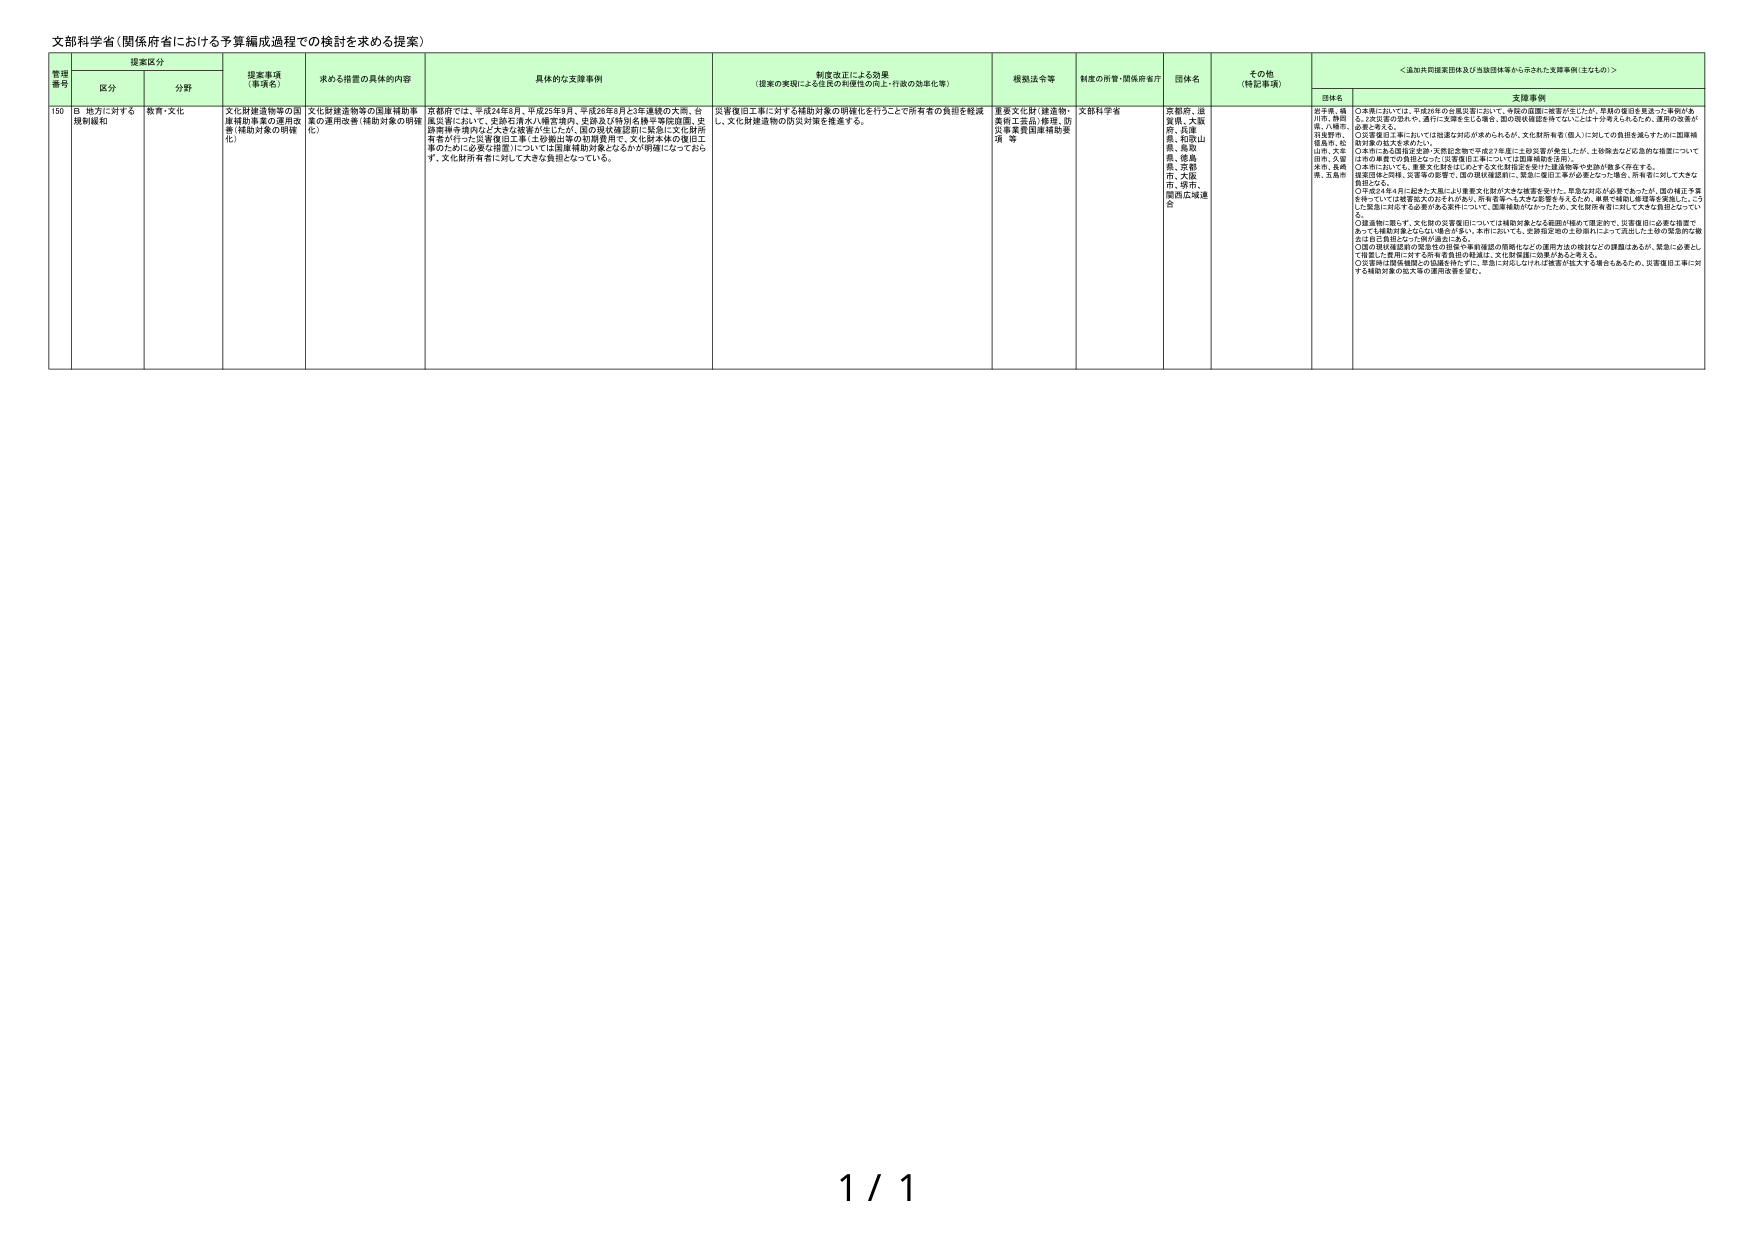
文部科学省（関係府省における予算編成過程での検討を求める提案）

提案区分
管理番号 区分 分野

提案事項（事項名） 求める措置の具体的内容 具体的な支援事例 制度改正による効果（提案の実現による住民の利便性の向上・行政の効率化等） 根拠法令等 制度の所管・関係府省庁 団体名 その他（特記事項） ＜追加共同提案団体及び当該団体等から示された支援事例（主なもの）＞

150 B 地方に対する規制緩和 教育・文化 文化財建造物等の国庫補助事業の運用改善（補助対象の明確化） 文化財建造物等の国庫補助事業の運用改善（補助対象の明確化） 文部科学省 京都府、滋賀県、大阪府、兵庫県、和歌山県、鳥取県、徳島県、宮崎県、大阪市、堺市、関西広域連合

京都府では、平成24年8月、平成26年9月、平成28年8月と3年連続の大雨、台風災害において、史跡石清水八幡宮境内、史跡及び特別名勝平等院庭園、史跡南禅寺境内など大きな被害が生じたが、国の現状確認前に緊急に文化財所有者が行った災害復旧工事（土砂撤出等の初期費用や、文化財本体の復旧工事のために必要な措置）については国庫補助対象となるかが明確になっておらず、文化財所有者に対して大きな負担となっている。

災害復旧工事に対する補助対象の明確化を行うことで所有者の負担を軽減し、文化財建造物の防災対策を推進する。

重要文化財（建造物、美術工芸品）修理、防災事業費国庫補助要項 等

支援事例
団体名
京都市、福井市、静岡県、八幡市、羽曳野市、福島市、松山市、大牟田市、大橋市、長崎市、玉島市

○本県においては、平成28年の台風災害において、今後の国庫一括費が生じたが、早期の復旧を推進した事例があり、2年災害の恐れや、通行に支障を生じる場合、国の現状確認を得ていないことは十分考えられるため、運用の改善が急務と考える。
○災害復旧工事においては迅速な対応が求められるが、文化財所有者（個人）に対しての負担を減らすために国庫補助対象の拡大を求めてい。
○本県にある国指定史跡「天野松本館で平成27年夏に土砂災害が発生したが、土砂障害など応急的な措置について2年の事業での負担となった（災害復旧工事については国庫補助を活用）。
○本県においても、重要文化財をはじめとする文化財指定を受けた建造物等で史跡が数多く存在する。
建築登録23件、災害等の影響で、国の現状確認前に、緊急に復旧工事が必要となった場合、所有者に対して大きな負担となる。
○平成24年8月に起きた大雨により重要文化財が大きな被害を受けた。早急な対応が必要であったが、国の補正予算を待っていては被害拡大のおそれがあり、所有者等へ大きな影響を与えるため、単独で補助し希望等を実施した。こうした緊急に対応する必要がある案件について、国庫補助がななかったため、文化財所有者に対して大きな負担となってい。
○建造物に限らず、文化財の災害復旧については補助対象となる範囲が極めて限定的で、災害復旧に必要な措置であっても補助対象とならない場合が多い。本件においても、災害指定地の土砂崩れによって流出した土砂の緊急的な撤去は自己負担となった例が過去にある。
○国の現状確認前の緊急時の復旧や事前確認の用意など、災害時および検討などの課題はあるが、緊急に必要として措置した費用に対する所有者負担の軽減は、文化財保護に効果があると考える。
○災害時は関係機関との協議を持たずに、早急に対応しなければ被害が拡大する場合もあるため、災害復旧工事に対する補助対象の拡大等の運用改善を要望。

1 / 1